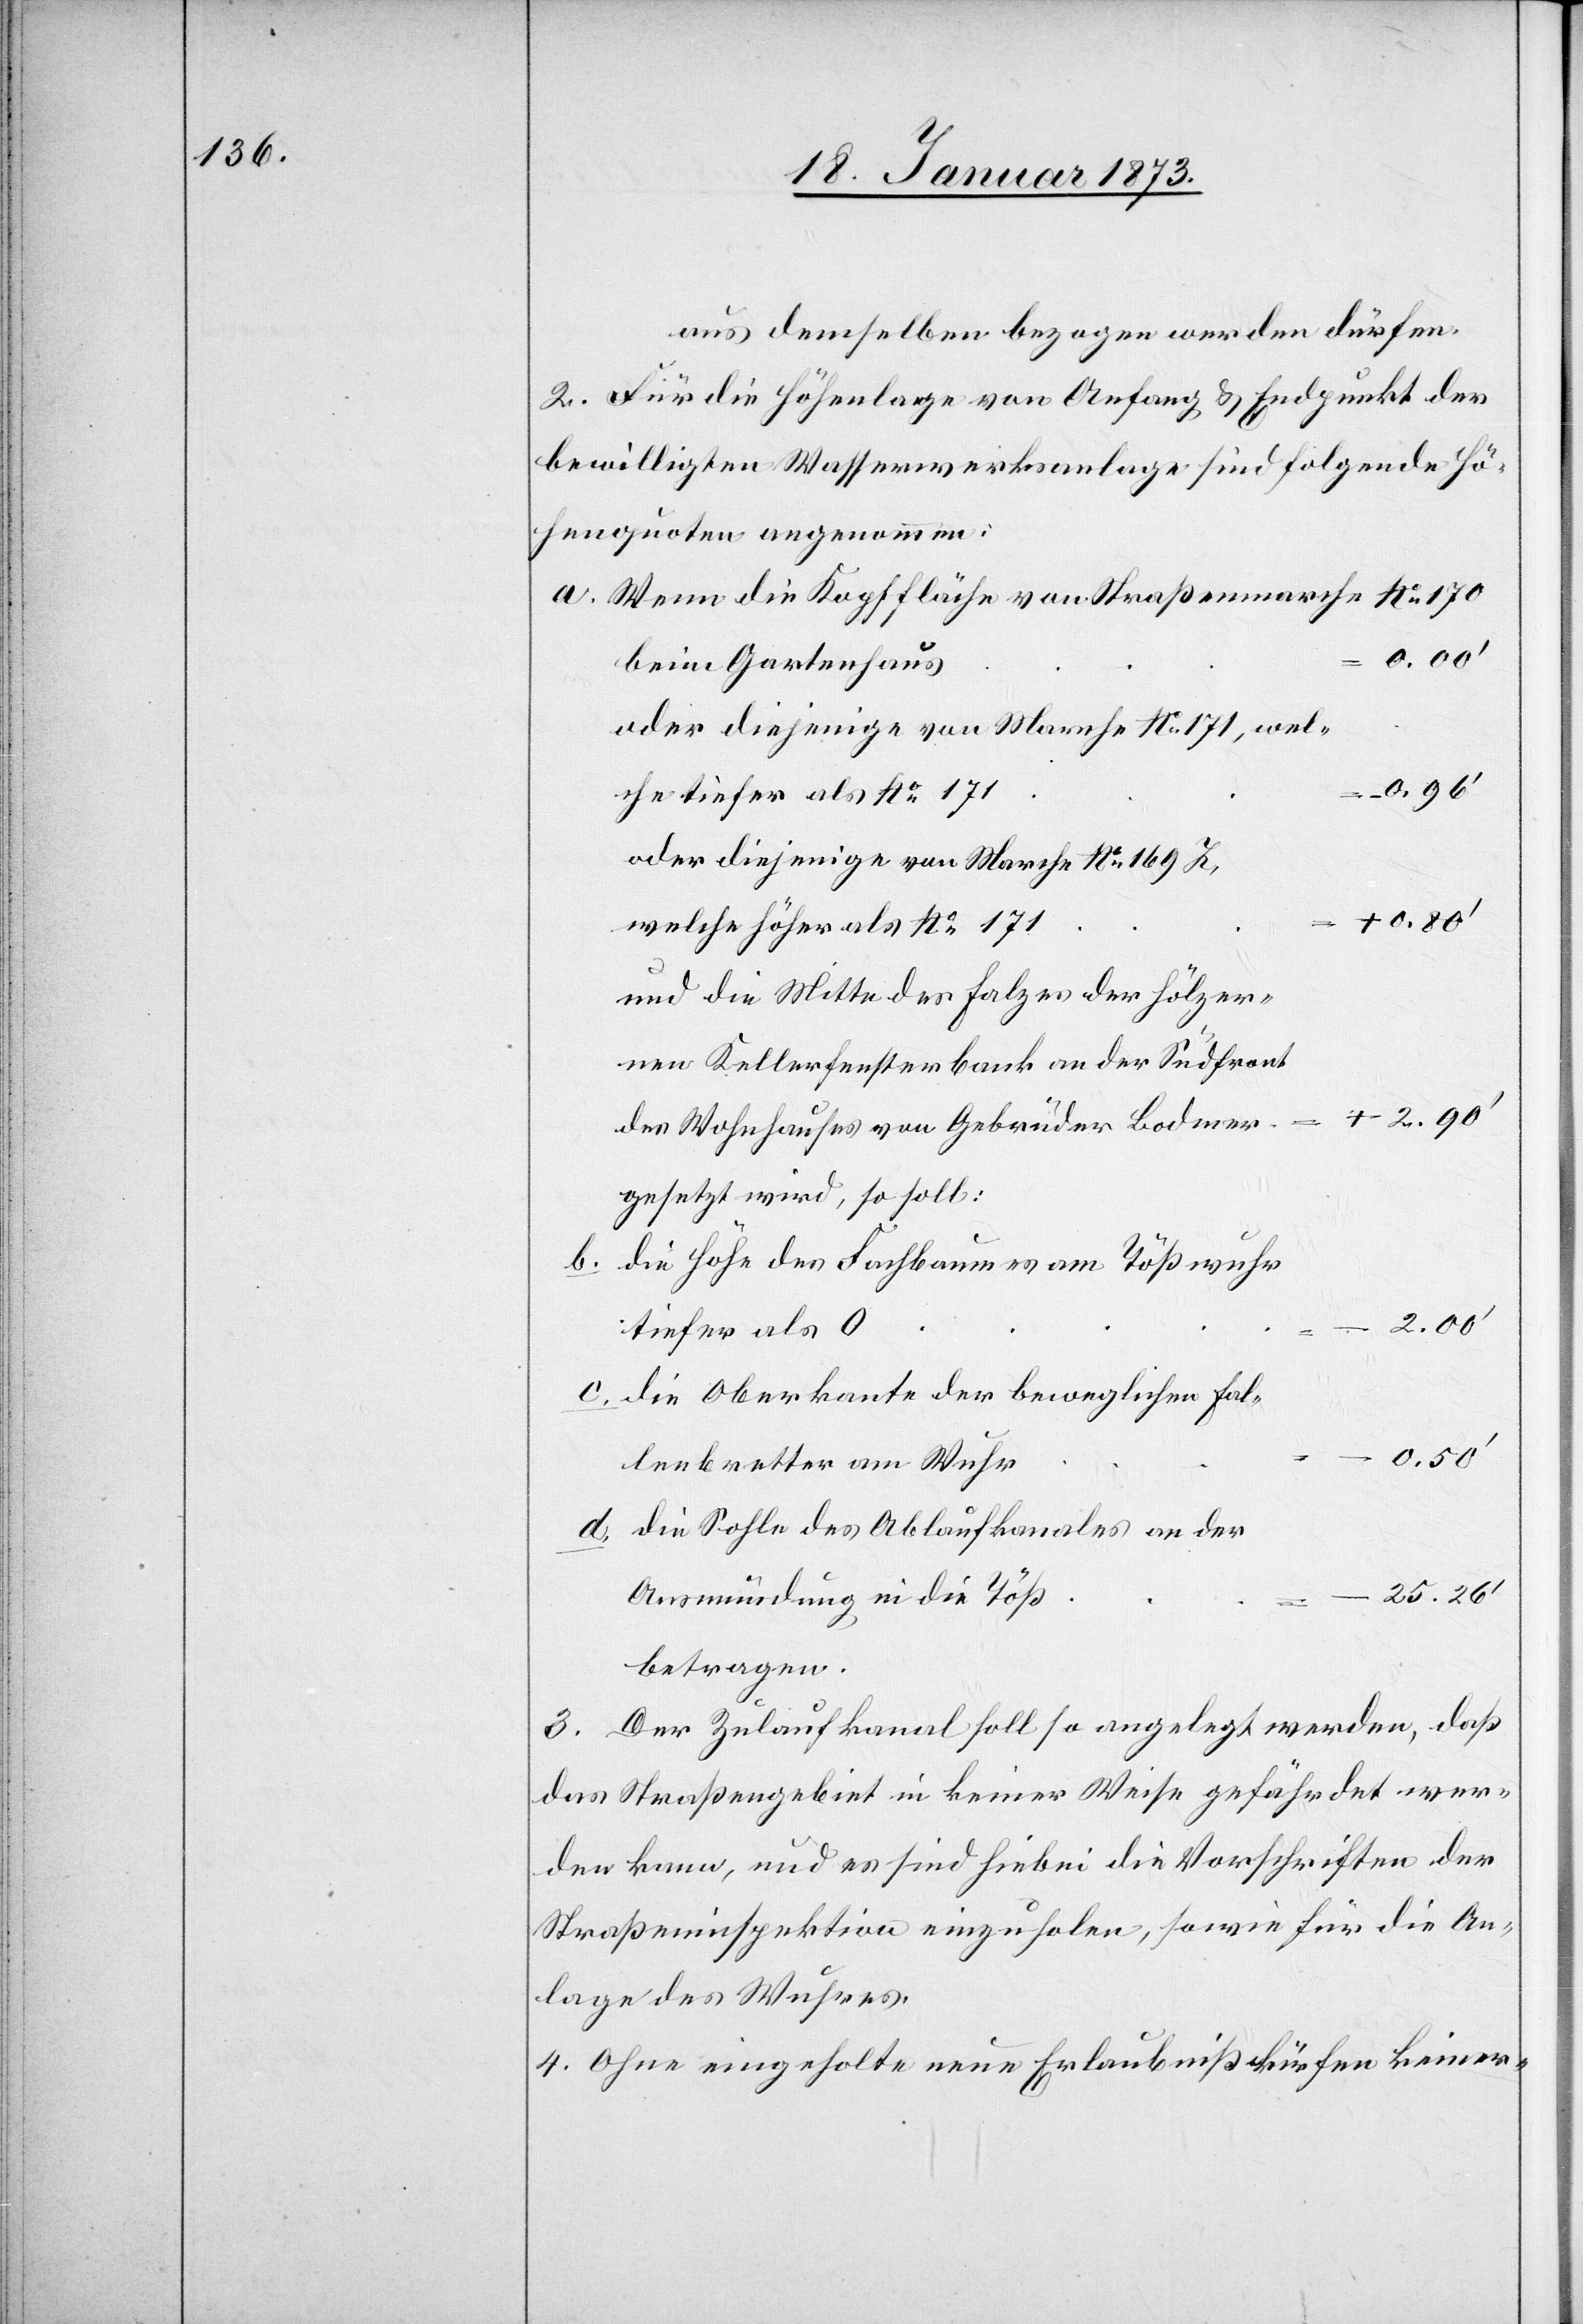
aus demselben gezogen werden dürfen.
2. Für die Höhenlage von Anfang u. Endpunkt der
bewilligten Wasserwerksanlage sind folgende Hö¬
henquoten angenommen:
a. Wenn die Kopffläche von Straßenmarche No. 170
beim Gartenhaus	=
-0.96’
che tiefer als No. 171	=
oder diejenige von Marche No. 169 [?Z],
+0.80’
welche höher als No. 171	=
und die Mitte des Holzes der hölzer¬
Kellerfensterbank an der Südfront
+2.90’
des Wohnhauses von Gebrüder Bodmer	=
gesetzt wird, so soll:
b. die Höhe des Fachbaumes am Tößwuhr
Fal¬
tiefer als
c. die Oberkante der beweglichen
lenbretter am Wuhr	=
d. die Sohle des Ablaufkanales an der
-25.26’
Ausmündung in die Töß	=
betragen.
3. Der Zulaufkanal soll so angelegt werden, daß
das Straßengebiet in keiner Weise gefährdet wer¬
den kann, und es sind hiebei die Vorschriften der
Straßeninspektion einzuholen, sowie für die An¬
lage des Wuhres.
4. Ohne eingeholte neue Erlaubniß dürfen keiner-